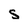
Character: S